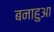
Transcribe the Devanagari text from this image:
बनाहुआ